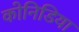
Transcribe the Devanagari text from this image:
कोनिडिया